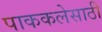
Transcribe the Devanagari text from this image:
पाककलेसाठी